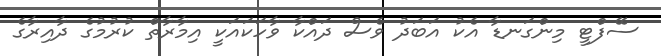
ސޭފްޓީ މިންގަނޑާ އެކު އަބަދު ވެސް ދައްކާ ވާހަކައަކީ އިމާރާތް ކުރުމުގެ ދާއިރާގެ